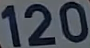
120